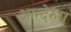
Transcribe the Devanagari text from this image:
आन्देरुंग